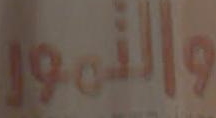
والتمور